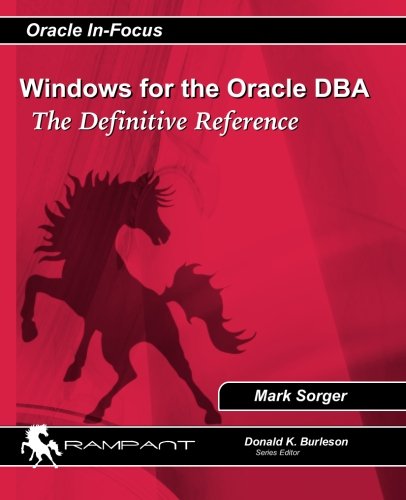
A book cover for Windows for the Oracle DBA: The Definitive Reference (Oracle In-Focus) (Volume 44); Mark Sorger; Computers & Technology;